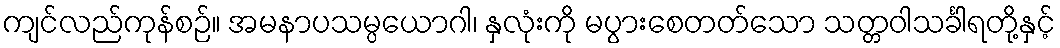
ကျင်လည်ကုန်စဉ်။ အမနာပသမ္ပယောဂါ၊ နှလုံးကို မပွားစေတတ်သော သတ္တဝါသင်္ခါရတို့နှင့်